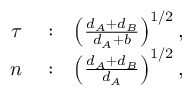
\begin{array} { r l r } { \tau } & { { } : } & { \left( \frac { d _ { A } + d _ { B } } { d _ { A } + b } \right) ^ { 1 / 2 } , } \\ { n } & { { } : } & { \left( \frac { d _ { A } + d _ { B } } { d _ { A } } \right) ^ { 1 / 2 } , } \end{array}